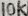
Text: 10K